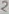
Text: 2